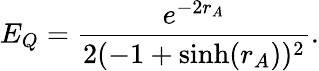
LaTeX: E_{Q}=\frac{e^{-2r_{A}}}{2(-1+\sinh(r_{A}))^{2}}.